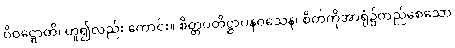
ဝိဝဋ္ဋောတိ၊ ဟူ၍လည်း ကောင်း။ စိတ္တပတိဋ္ဌာပနဝသေန၊ စိတ်ကိုအာရုံ၌တည်စေသော